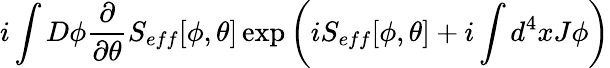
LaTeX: i\int D\phi\frac{\partial}{\partial\theta}S_{eff}[\phi,\theta]\exp\left(iS_{eff}[\phi,\theta]+i\int d^{4}xJ\phi\right)